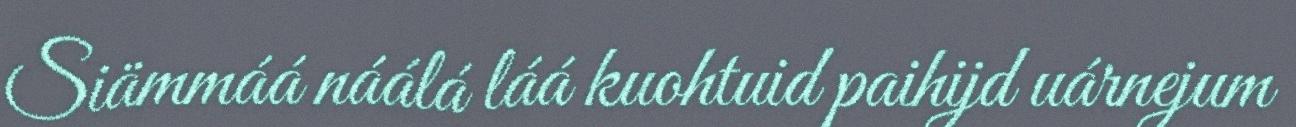
Siämmáá náálá láá kuohtuid paihijd uárnejum